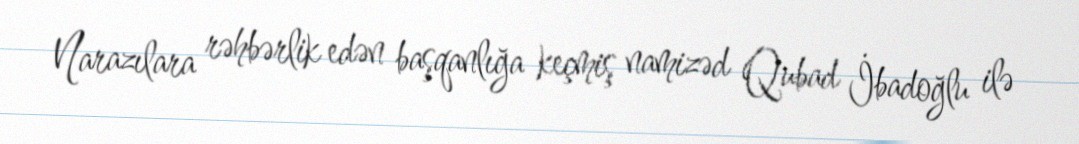
Narazılara rəhbərlik edən başqanlığa keçmiş namizəd Qubad İbadoğlu ilə